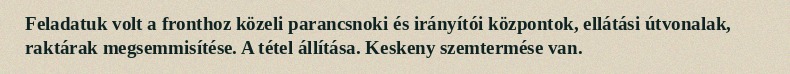
Feladatuk volt a fronthoz közeli parancsnoki és irányítói központok, ellátási útvonalak, raktárak megsemmisítése. A tétel állítása. Keskeny szemtermése van.